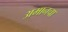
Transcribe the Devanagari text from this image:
अमानचा